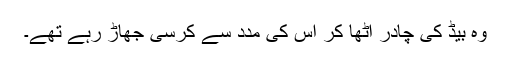
وہ بیڈ کی چادر اٹھا کر اس کی مدد سے کرسی جھاڑ رہے تھے۔